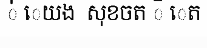
់ េយង  សុខចត ិ េត